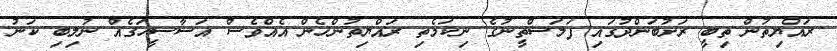
ރައްޔިތުން ތިބީ ރަށުބަންދުގައި ފަލަސްތީނުގެ ނިކަމެތި ރައްޔިތުންހެން އެއްވެސް އަސާސީހަގެއް ނުލިބި ކަނު